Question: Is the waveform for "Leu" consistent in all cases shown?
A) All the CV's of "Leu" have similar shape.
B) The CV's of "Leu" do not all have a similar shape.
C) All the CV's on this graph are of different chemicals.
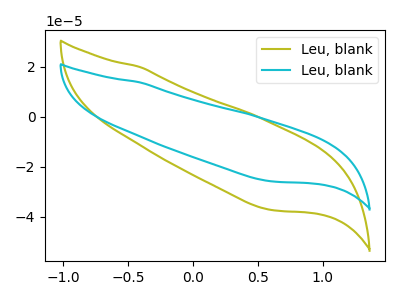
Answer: <think>The olive curve "Leu, blank1" has no peaks. The cyan curve "Leu, blank2" has no peaks.
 Neither "Leu, blank1" or "Leu, blank2" have any peaks.</think>
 <answer>A) All the CV's of "Leu" have similar shape.</answer>
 <eval>A</eval>